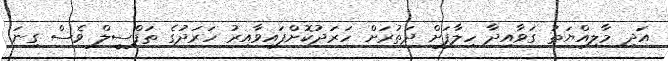
އަދި މާލިއްޔަތު ގަވާއިދާ ހިލާފަށް ދަތުރަށް ހަރަދުކޮށްފައިވާއިރު ހަރަދުގެ ތަފްސީލް ވެސް ގިނަ